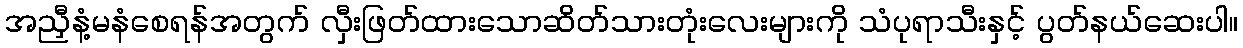
အညှီနံ့မနံစေရန်အတွက် လှီးဖြတ်ထားသောဆိတ်သားတုံးလေးများကို သံပုရာသီးနှင့် ပွတ်နယ်ဆေးပါ။